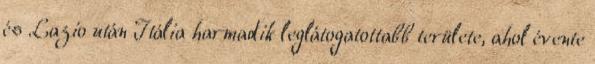
és Lazio után Itália harmadik leglátogatottabb területe, ahol évente